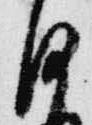
沙